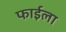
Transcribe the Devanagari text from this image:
फाईला